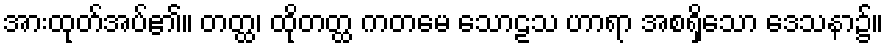
အားထုတ်အပ်၏။ တတ္ထ၊ ထိုတတ္ထ ကတမေ သောဠသ ဟာရာ အစရှိသော ဒေသနာ၌။